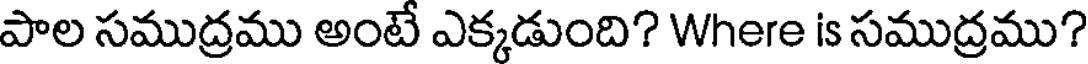
పాల సముద్రము అంటే ఎక్కడుంది? Where is సముద్రము?